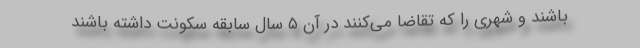
باشند و شهری را که تقاضا می‌کنند در آن ۵ سال سابقه سکونت داشته باشند